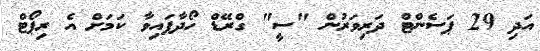
އަދި 29 ޕަސެންޓް ދަރިވަރުން "ސީ" ގްރޭޑް ހޯދާފައިވާ ކަމަށް އެ ރިޕޯޓް